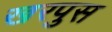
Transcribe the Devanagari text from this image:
खरपुस